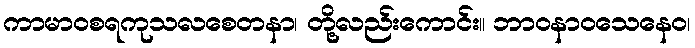
ကာမာဝစရကုသလစေတနာ၊ တို့လည်းကောင်း။ ဘာဝနာဝသေနေဝ၊